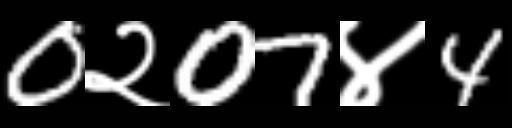
Text: 0२07४4